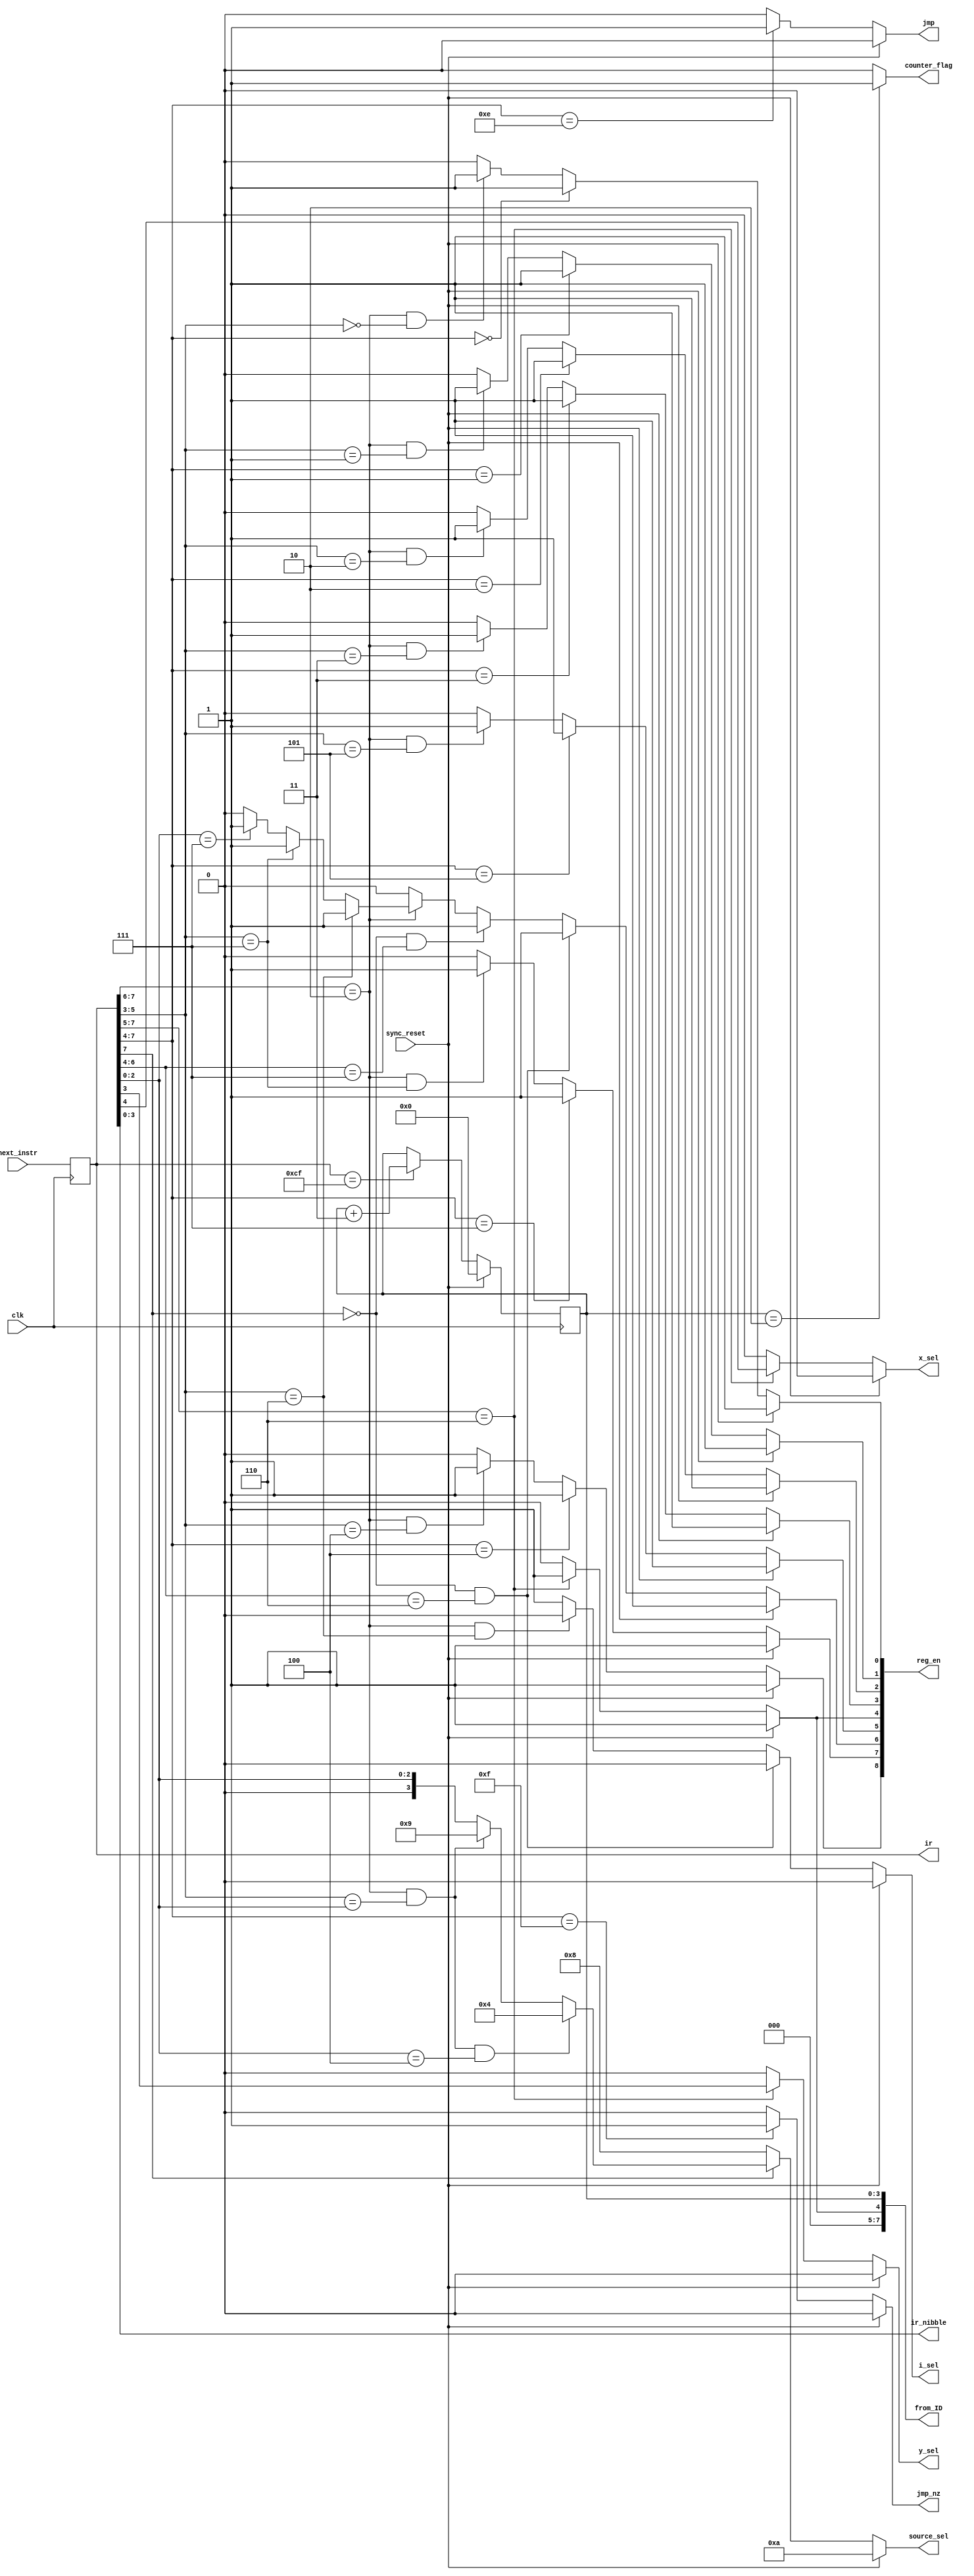
module instruction_decoder(
	input [7:0] next_instr,
	input clk, sync_reset,
	output reg jmp, jmp_nz,
	output reg i_sel, y_sel, x_sel,
	output reg [3:0] source_sel,
	output reg [3:0] ir_nibble,
	output reg [8:0] reg_en,
	output reg [7:0] from_ID, ir,
	output reg counter_flag);  // for debugging/testing

// reg [7:0] ir;
// ir set as output for debugging purposes
reg [3:0] counter; 

always @ *
from_ID = {3'd0, reg_en[4], counter};

always @ (posedge clk)
if (sync_reset == 1'b1)
	counter = 4'd0;
else if (ir == 8'HCF)
	counter = counter + 4'd3;
else
	counter = counter;

always @ *
if (counter == 4'd2)
	counter_flag = 1'b1;
else
	counter_flag = 1'b0;


// loading the ir reg from the next instr (from the ROM's pm_addr)
always @ (posedge clk)
ir = next_instr;


// ir_nibble output
always @ *
ir_nibble = ir[3:0];



// logic for decoding instruction type (jmp or jmp_nz outputs)
//  jmp  //
always @ *
if (sync_reset == 1'b1) 
	// don't jump when reset
	jmp = 1'b0;
else if (ir[7:4] == 4'b1110)
	// unconditional jump;
	jmp = 1'b1;
else
	// else; don't jump
	jmp = 1'b0;

	
//  jmp_nz  //
always @ *
if (sync_reset == 1'b1)
	// don't jump when reset
	jmp_nz = 1'b0;
else if (ir[7:4] == 4'b1111)
	// conditional jump;
	jmp_nz = 1'b1;
else 
	// else; don't jump
	jmp_nz = 1'b0;


	
// logic for decoding source_sel ouput (bits 10-15 tied to GND)
//  source_sel  //
always @ *
if (sync_reset == 1'b1) source_sel = 4'd10;
else if (ir[7] == 1'b0)
	//	load; data_bus = ir_nibble 
	source_sel = 4'd8;
else if ( (ir[7:6] == 2'b10) && (ir[5:3] == ir[2:0]) && (ir[2:0] == 3'd4) )
	// mov; data_bus = r (moving to o_reg)
	source_sel = 4'd4;
else if ( (ir[7:6] == 2'b10) && (ir[5:3] == ir[2:0]) )
	// mov; data_bus = i_pins
	source_sel = 4'd9;
else if ( (ir[7:6] == 2'b10) )
	// mov; data_bus = src (0-7, data registers)
	source_sel = {1'b0, ir[2:0]};  // concat, to make 4-bit
else
	source_sel = {1'b0, ir[2:0]};


	
// logic for decoding i, x, y selects
//  i_sel  //
always @ *
if (sync_reset == 1'b1) i_sel = 1'b0;
else if ( (ir[7] == 1'b0) && (ir[6:4] == 3'd6) )
	// load; i is dst (from data_bus)
	i_sel = 1'b0;
else if ( (ir[7:6] == 2'b10) && (ir[5:3] == 3'd6) )
	// mov; i is dst
	i_sel = 1'b0;
else
	// else; increment i
	i_sel = 1'b1;

	
//  x_sel  //
always @ *
if (sync_reset == 1'b1) x_sel = 1'b0;
else if (ir[7:5] == 3'b110)
	// alu; assign proper x val
	x_sel = ir[4];
else
	// else; default to zero
	x_sel = 1'b0;

	
//  y_sel  //
always @ *
if (sync_reset == 1'b1) y_sel = 1'b0;
else if (ir[7:5] == 3'b110)
	// alu; assign proper y val
	y_sel = ir[3];
else
	// else; default to zero
	y_sel = 1'b0;

	

// logic for decoding register enables (9, each seperate 1bit outputs)
//  reg_en[0], x0  //
always @ *
if (sync_reset == 1'b1) 
	// enable all registers during reset, to clear them
	reg_en[0] = 1'b1;
else if (ir[7:4] == 4'd0)
	// load; x0 is dst
	reg_en[0] = 1'b1;
else if ( (ir[7:6] == 2'b10) && (ir[5:3] == 3'd0) )
	// mov; x0 is dst
	reg_en[0] = 1'b1;
else
	reg_en[0] = 1'b0;


//  reg_en[1], x1  //
always @ *
if (sync_reset == 1'b1) 
	// enable all registers during reset, to clear them
	reg_en[1] = 1'b1;
else if (ir[7:4] == 4'd1)
	// load; x1 is dst
	reg_en[1] = 1'b1;
else if ( (ir[7:6] == 2'b10) && (ir[5:3] == 3'd1) )
	// mov; x1 is dst
	reg_en[1] = 1'b1;
else
	reg_en[1] = 1'b0;


//  reg_en[2], y0  //
always @ *
if (sync_reset == 1'b1) 
	// enable all registers during reset, to clear them
	reg_en[2] = 1'b1;
else if (ir[7:4] == 4'd2)
	// load; y0 is dst
	reg_en[2] = 1'b1;
else if ( (ir[7:6] == 2'b10) && (ir[5:3] == 3'd2) )
	// mov; y0 is dst
	reg_en[2] = 1'b1;
else
	reg_en[2] = 1'b0;


//  reg_en[3], y1  //
always @ *
if (sync_reset == 1'b1) 
	// enable all registers during reset, to clear them
	reg_en[3] = 1'b1;
else if (ir[7:4] == 4'd3)
	// load; y1 is dst
	reg_en[3] = 1'b1;
else if ( (ir[7:6] == 2'b10) && (ir[5:3] == 3'd3) )
	// mov; y0 is dst
	reg_en[3] = 1'b1;
else
	reg_en[3] = 1'b0;


//  reg_en[4], r  //
always @ *
if (sync_reset == 1'b1) 
	// enable all registers during reset, to clear them
	reg_en[4] = 1'b1;
else if (ir[7:5] == 3'b110)
	// alu; r is enabled
	reg_en[4] = 1'b1;
else
	reg_en[4] = 1'b0;


//  reg_en[5], m  //
always @ *
if (sync_reset == 1'b1) 
	// enable all registers during reset, to clear them
	reg_en[5] = 1'b1;
else if (ir[7:4] == 4'd5)
	// load; m is dst
	reg_en[5] = 1'b1;
else if ( (ir[7:6] == 2'b10) && (ir[5:3] == 3'd5) )
	// mov; m is dst
	reg_en[5] = 1'b1;
else
	reg_en[5] = 1'b0;



//  reg_en[6], i  //
always @ *
if (sync_reset == 1'b1) 
	// enable all registers during reset, to clear them
	reg_en[6] = 1'b1;
else if ( (ir[7] == 1'b0) && (ir[6:4] == 3'd6) )
	// load; i is a dst
	reg_en[6] = 1'b1;
else if ( (ir[7] == 1'b0) && (ir[6:4] == 3'd7) )
	// load; dm is a dst (increment i)
	reg_en[6] = 1'b1;
else if (ir[7:6] == 2'b10)
	if (ir[5:3] == 3'd6)
		// mov; i is a dst
		reg_en[6] = 1'b1;
	else if (ir[5:3] == 3'd7)
		// mov; dm is a dst (increment i)
		reg_en[6] = 1'b1;
	else if (ir[2:0] == 3'd7)
		// mov; dm is a src (increment i or mov into i)
		reg_en[6] = 1'b1;
	else
		reg_en[6] = 1'b0;
else
	// no other mov or load cases where i is modified
	reg_en[6] = 1'b0;


//  reg_en[7], dm  //
always @ *
if (sync_reset == 1'b1) 
	// enable all registers during reset, to clear them
	reg_en[7] = 1'b1;
else if (ir[7:4] == 4'd7)
	// load; dm is dst
	reg_en[7] = 1'b1;
else if ( (ir[7:6] == 2'b10) && (ir[5:3] == 3'd7) )
	// mov; dm is dst
	reg_en[7] = 1'b1;
else
	reg_en[7] = 1'b0;


//  reg_en[8], o_reg  //
always @ *
if (sync_reset == 1'b1) 
	// enable all registers during reset, to clear them
	reg_en[8] = 1'b1;
else if (ir[7:4] == 4'd4)
	// load; o_reg is dst
	reg_en[8] = 1'b1;
else if ( (ir[7:6] == 2'b10) && (ir[5:3] == 3'd4) )
	// mov; o_reg is dst
	reg_en[8] = 1'b1;
else
	reg_en[8] = 1'b0;


endmodule